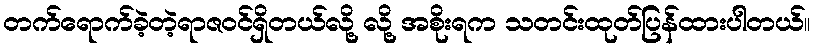
တက်ရောက်ခဲ့တဲ့ရာဇဝင်ရှိတယ်လို့ လို့ အစိုးရက သတင်းထုတ်ပြန်ထားပါတယ်။